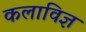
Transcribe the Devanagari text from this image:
कलाविज्ञ